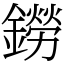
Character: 鐒